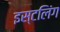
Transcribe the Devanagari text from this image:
इस्टलिंग